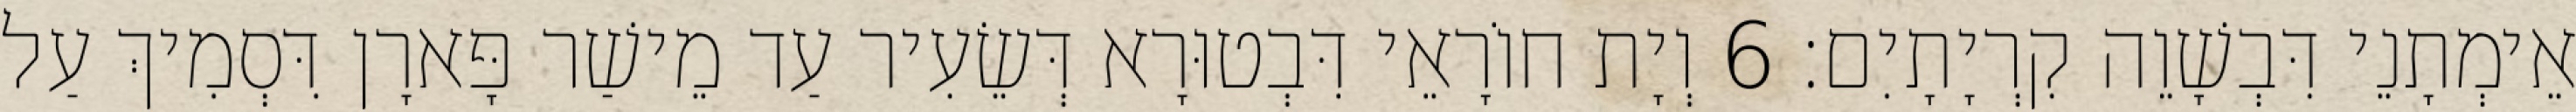
אֵימְתָנֵי דִּבְשָׁוֵה קִרְיָתָיִם׃ 6 וְיָת חוֹרָאֵי דִּבְטוּרָא דְּשֵׂעִיר עַד מֵישַׁר פָּארָן דִּסְמִיךְ עַל